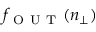
f _ { \mathrm { ~ O ~ U ~ T ~ } } ( n _ { \perp } )